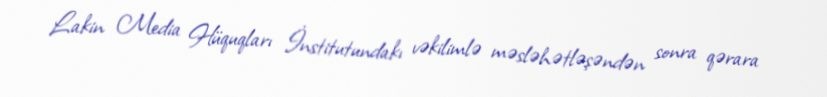
Lakin Media Hüquqları İnstitutundakı vəkilimlə məsləhətləşəndən sonra qərara